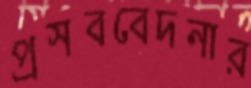
প্রসববেদনার